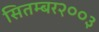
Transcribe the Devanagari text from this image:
सितम्बर२००३